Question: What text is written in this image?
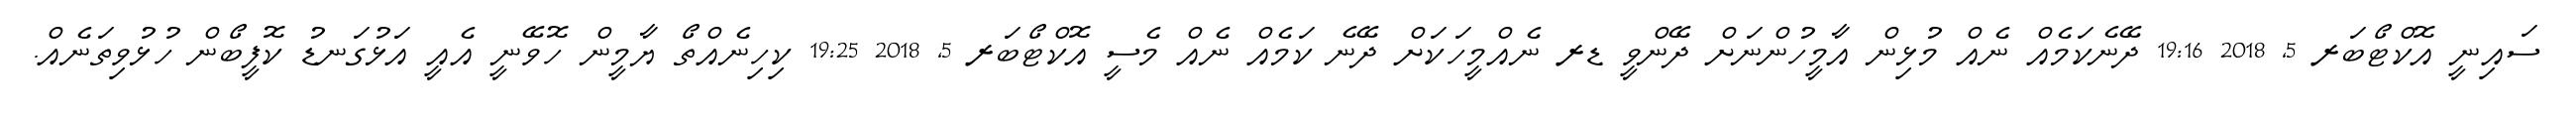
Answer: ސައިނީ އޮކްޓޯބަރ 5, 2018 19:16 ދޭނެކަމެއް ނެއް މުޅިން އާމީހުންނަށް ދޭންވީ ޑރ ނެއްމީހަކަށް ދޭނެ ކަމެއް ނެއް މެސީ އޮކްޓޯބަރ 5, 2018 19:25 ކިހިނެއްތޯ ޔާމީން ހޮވޭނީ އެއީ އަޅުގަނޑު ކޮފީބޯން ހުޅުވިތަނެއް.